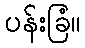
ပန်းခြံ။